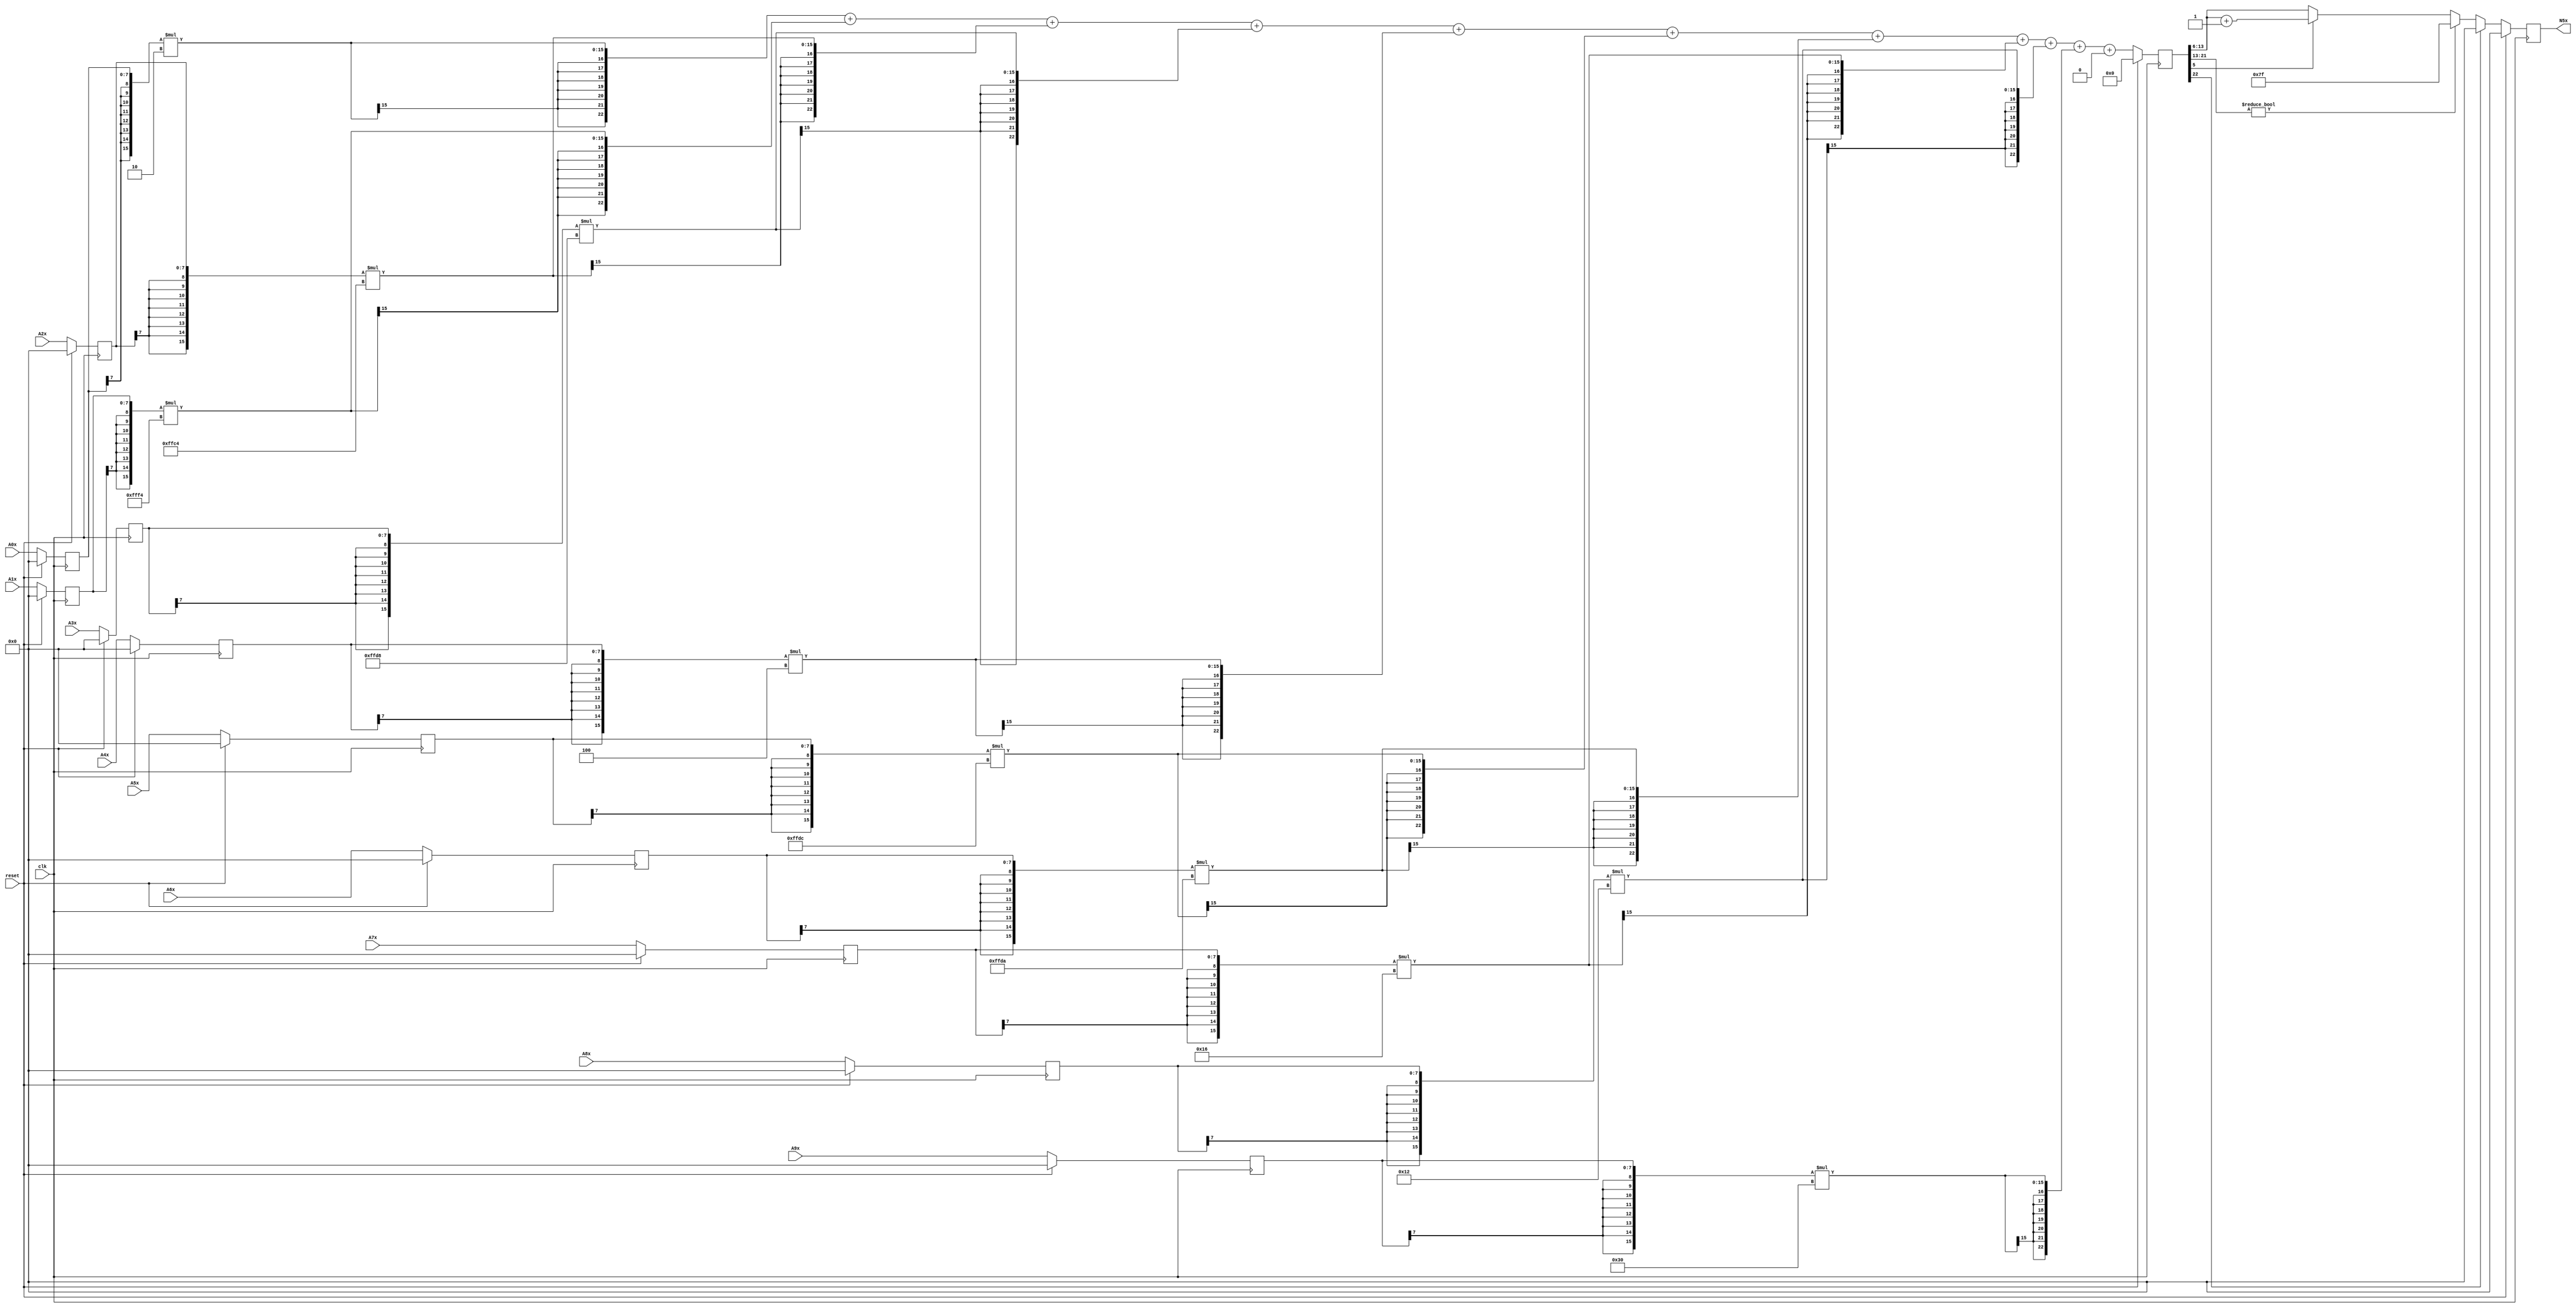
module node_3_5(clk,reset,N5x,A0x,A1x,A2x,A3x,A4x,A5x,A6x,A7x,A8x,A9x);
	input clk;
	input reset;
	input [7:0] A0x, A1x, A2x, A3x, A4x, A5x, A6x, A7x, A8x, A9x;
	reg [7:0] A0x_c, A1x_c, A2x_c, A3x_c, A4x_c, A5x_c, A6x_c, A7x_c, A8x_c, A9x_c;
	wire [15:0] sum0x, sum1x, sum2x, sum3x, sum4x, sum5x, sum6x, sum7x, sum8x, sum9x;
	output reg [7:0] N5x;
	reg [22:0] sumout;

	parameter [7:0] W0x=8'd2;
	parameter [7:0] W1x=-8'd12;
	parameter [7:0] W2x=-8'd60;
	parameter [7:0] W3x=-8'd40;
	parameter [7:0] W4x=8'd4;
	parameter [7:0] W5x=-8'd36;
	parameter [7:0] W6x=-8'd38;
	parameter [7:0] W7x=8'd22;
	parameter [7:0] W8x=8'd18;
	parameter [7:0] W9x=8'd48;
	parameter [15:0] B0x=16'd0;


	assign sum0x = {A0x_c[7],A0x_c[7],A0x_c[7],A0x_c[7],A0x_c[7],A0x_c[7],A0x_c[7],A0x_c[7],A0x_c}*{W0x[7],W0x[7],W0x[7],W0x[7],W0x[7],W0x[7],W0x[7],W0x[7],W0x};
	assign sum1x = {A1x_c[7],A1x_c[7],A1x_c[7],A1x_c[7],A1x_c[7],A1x_c[7],A1x_c[7],A1x_c[7],A1x_c}*{W1x[7],W1x[7],W1x[7],W1x[7],W1x[7],W1x[7],W1x[7],W1x[7],W1x};
	assign sum2x = {A2x_c[7],A2x_c[7],A2x_c[7],A2x_c[7],A2x_c[7],A2x_c[7],A2x_c[7],A2x_c[7],A2x_c}*{W2x[7],W2x[7],W2x[7],W2x[7],W2x[7],W2x[7],W2x[7],W2x[7],W2x};
	assign sum3x = {A3x_c[7],A3x_c[7],A3x_c[7],A3x_c[7],A3x_c[7],A3x_c[7],A3x_c[7],A3x_c[7],A3x_c}*{W3x[7],W3x[7],W3x[7],W3x[7],W3x[7],W3x[7],W3x[7],W3x[7],W3x};
	assign sum4x = {A4x_c[7],A4x_c[7],A4x_c[7],A4x_c[7],A4x_c[7],A4x_c[7],A4x_c[7],A4x_c[7],A4x_c}*{W4x[7],W4x[7],W4x[7],W4x[7],W4x[7],W4x[7],W4x[7],W4x[7],W4x};
	assign sum5x = {A5x_c[7],A5x_c[7],A5x_c[7],A5x_c[7],A5x_c[7],A5x_c[7],A5x_c[7],A5x_c[7],A5x_c}*{W5x[7],W5x[7],W5x[7],W5x[7],W5x[7],W5x[7],W5x[7],W5x[7],W5x};
	assign sum6x = {A6x_c[7],A6x_c[7],A6x_c[7],A6x_c[7],A6x_c[7],A6x_c[7],A6x_c[7],A6x_c[7],A6x_c}*{W6x[7],W6x[7],W6x[7],W6x[7],W6x[7],W6x[7],W6x[7],W6x[7],W6x};
	assign sum7x = {A7x_c[7],A7x_c[7],A7x_c[7],A7x_c[7],A7x_c[7],A7x_c[7],A7x_c[7],A7x_c[7],A7x_c}*{W7x[7],W7x[7],W7x[7],W7x[7],W7x[7],W7x[7],W7x[7],W7x[7],W7x};
	assign sum8x = {A8x_c[7],A8x_c[7],A8x_c[7],A8x_c[7],A8x_c[7],A8x_c[7],A8x_c[7],A8x_c[7],A8x_c}*{W8x[7],W8x[7],W8x[7],W8x[7],W8x[7],W8x[7],W8x[7],W8x[7],W8x};
	assign sum9x = {A9x_c[7],A9x_c[7],A9x_c[7],A9x_c[7],A9x_c[7],A9x_c[7],A9x_c[7],A9x_c[7],A9x_c}*{W9x[7],W9x[7],W9x[7],W9x[7],W9x[7],W9x[7],W9x[7],W9x[7],W9x};

	always@(posedge clk) begin

		if(reset)
			begin
			N5x<=8'd0;
			sumout<=16'd0;
			A0x_c <= 8'd0;
			A1x_c <= 8'd0;
			A2x_c <= 8'd0;
			A3x_c <= 8'd0;
			A4x_c <= 8'd0;
			A5x_c <= 8'd0;
			A6x_c <= 8'd0;
			A7x_c <= 8'd0;
			A8x_c <= 8'd0;
			A9x_c <= 8'd0;
			end
		else
			begin
			A0x_c <= A0x;
			A1x_c <= A1x;
			A2x_c <= A2x;
			A3x_c <= A3x;
			A4x_c <= A4x;
			A5x_c <= A5x;
			A6x_c <= A6x;
			A7x_c <= A7x;
			A8x_c <= A8x;
			A9x_c <= A9x;
			sumout<={sum0x[15],sum0x[15],sum0x[15],sum0x[15],sum0x[15],sum0x[15],sum0x[15],sum0x}+{sum1x[15],sum1x[15],sum1x[15],sum1x[15],sum1x[15],sum1x[15],sum1x[15],sum1x}+{sum2x[15],sum2x[15],sum2x[15],sum2x[15],sum2x[15],sum2x[15],sum2x[15],sum2x}+{sum3x[15],sum3x[15],sum3x[15],sum3x[15],sum3x[15],sum3x[15],sum3x[15],sum3x}+{sum4x[15],sum4x[15],sum4x[15],sum4x[15],sum4x[15],sum4x[15],sum4x[15],sum4x}+{sum5x[15],sum5x[15],sum5x[15],sum5x[15],sum5x[15],sum5x[15],sum5x[15],sum5x}+{sum6x[15],sum6x[15],sum6x[15],sum6x[15],sum6x[15],sum6x[15],sum6x[15],sum6x}+{sum7x[15],sum7x[15],sum7x[15],sum7x[15],sum7x[15],sum7x[15],sum7x[15],sum7x}+{sum8x[15],sum8x[15],sum8x[15],sum8x[15],sum8x[15],sum8x[15],sum8x[15],sum8x}+{sum9x[15],sum9x[15],sum9x[15],sum9x[15],sum9x[15],sum9x[15],sum9x[15],sum9x}+{B0x[15],B0x[15],B0x[15],B0x[15],B0x[15],B0x[15],B0x[15],B0x};

			if(sumout[22]==0)
				begin
				if(sumout[21:13]!=9'b0)
					N5x<=8'd127;
				else
					begin
					if(sumout[5]==1)
						N5x<=sumout[13:6]+8'd1;
					else
						N5x<=sumout[13:6];
					end
				end
			else
				N5x<=8'd0;
			end
		end
endmodule